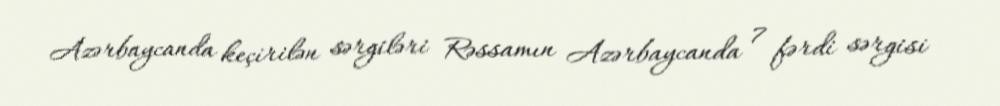
Azərbaycanda keçirilən sərgiləri Rəssamın Azərbaycanda 7 fərdi sərgisi